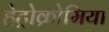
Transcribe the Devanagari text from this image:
हेट्रोक्रोमिया